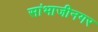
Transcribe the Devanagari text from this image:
सांभाजीनगर